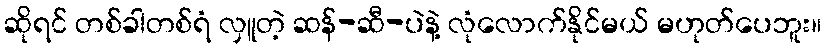
ဆိုရင် တစ်ခါတစ်ရံ လှူတဲ့ ဆန်-ဆီ-ပဲနဲ့ လုံလောက်နိုင်မယ် မဟုတ်ပေဘူး။